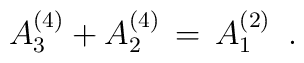
A_3^{(4)}+A_2^{(4)}\,=\,A_1^{(2)} \,\,\, .